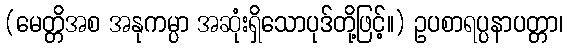
(မေတ္တိအစ အနုကမ္ပာ အဆုံးရှိသောပုဒ်တို့ဖြင့်။) ဥပစာရပ္ပနာပတ္တာ၊